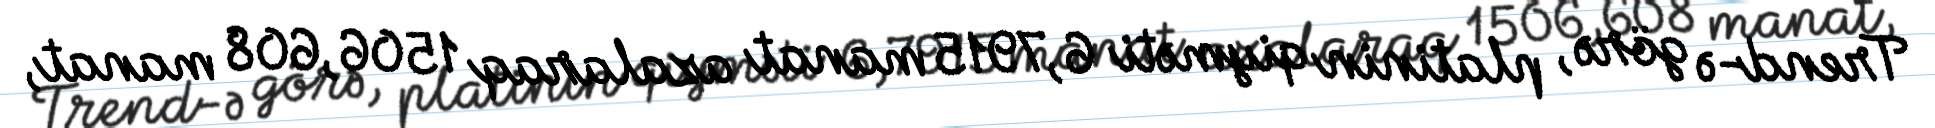
Trend-ə görə, platinin qiyməti 6,7915 manat azalaraq 1506,608 manat,